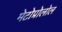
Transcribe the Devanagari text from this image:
मेटोप्रोलोल